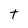
Character: t